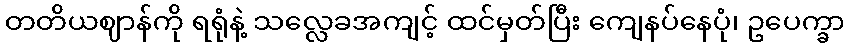
တတိယဈာန်ကို ရရုံနဲ့ သလ္လေခအကျင့် ထင်မှတ်ပြီး ကျေနပ်နေပုံ၊ ဥပေက္ခာ